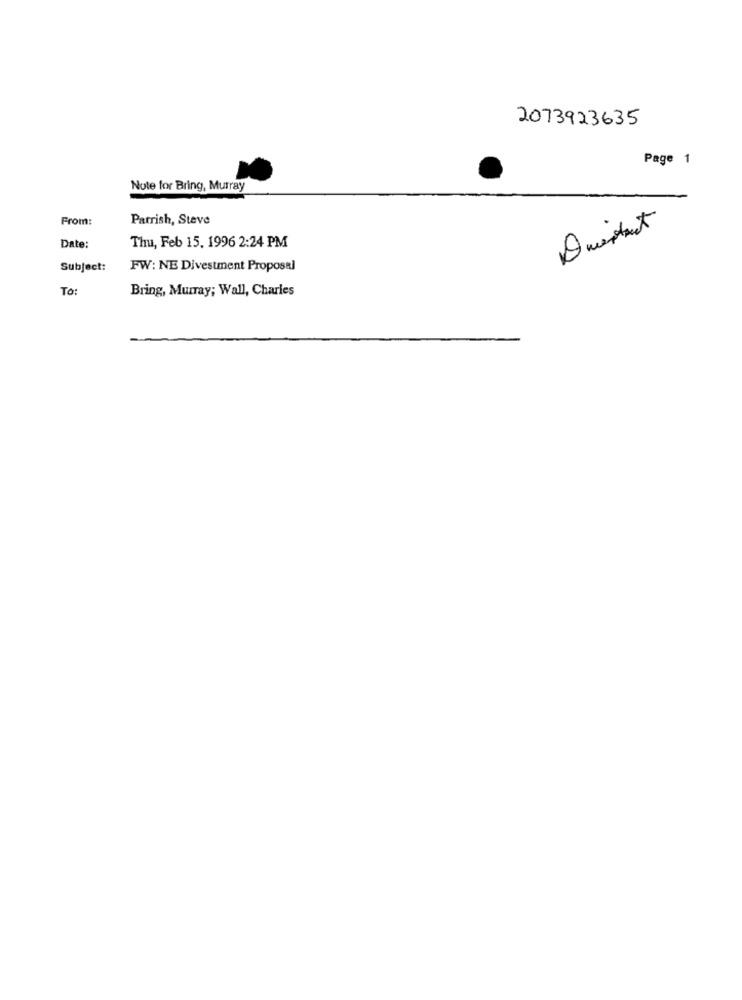
2073923635
Page 1
Note for Bring, Murray
From:
Parrish, Steve
Questact
Thu, Feb 15. 1996 2:24 PM
Date:
07
Subject:
FW: NE Divestment Proposal
To:
Bring, Murray; Wall, Charles